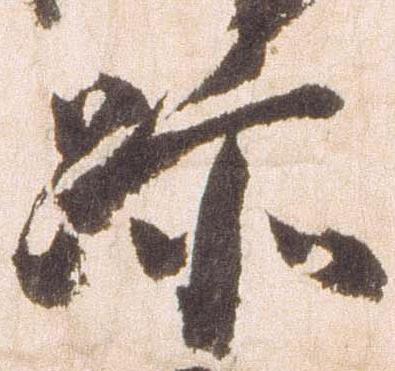
跡